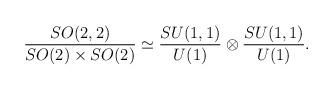
LaTeX: \begin{align*}{SO(2,2)\over {SO(2)\times SO(2)}}\simeq{SU(1,1)\over U(1)}\otimes {SU(1,1)\over U(1)}.\end{align*}